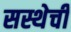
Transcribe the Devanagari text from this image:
सस्थेची